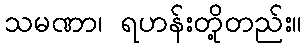
သမဏာ၊ ရဟန်းတို့တည်း။